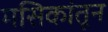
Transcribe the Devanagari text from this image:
मसिकांतून